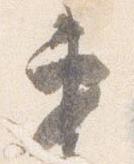
第